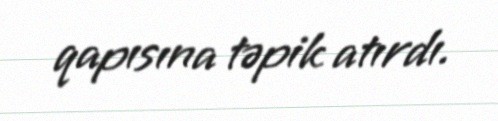
qapısına təpik atırdı.